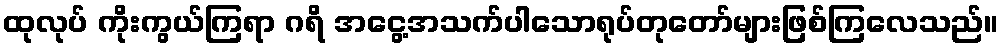
ထုလုပ် ကိုးကွယ်ကြရာ ဂရိ အငွေ့အသက်ပါသောရုပ်တုတော်များဖြစ်ကြလေသည်။